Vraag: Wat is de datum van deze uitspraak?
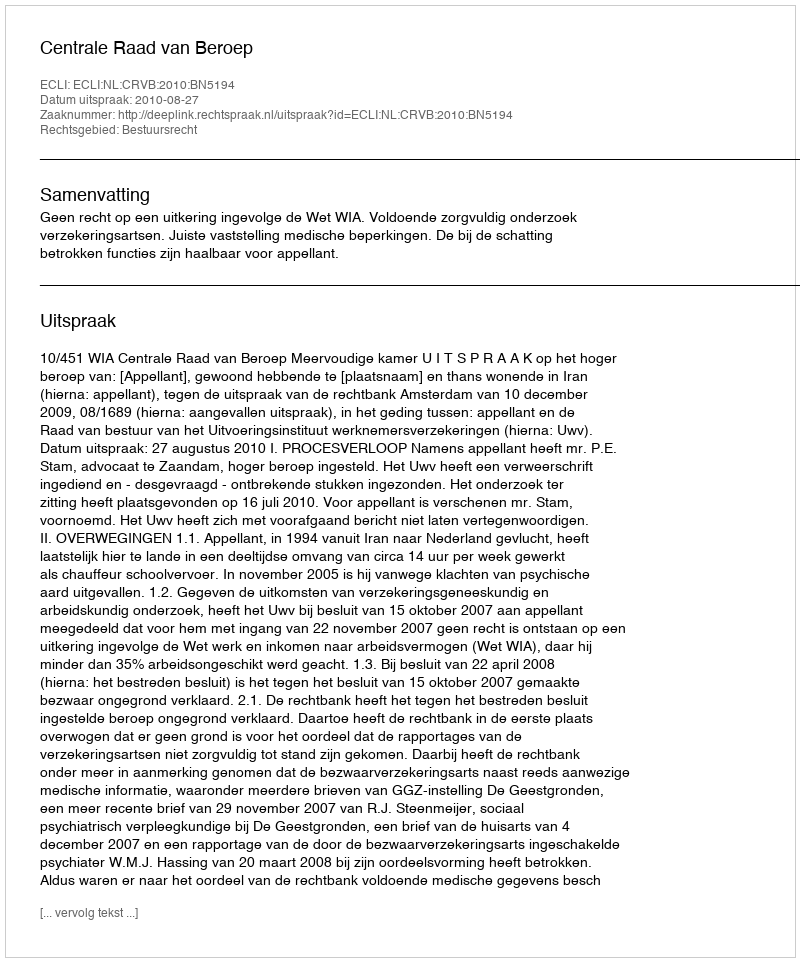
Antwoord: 2010-08-27